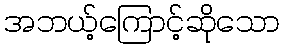
အဘယ့်ကြောင့်ဆိုသော